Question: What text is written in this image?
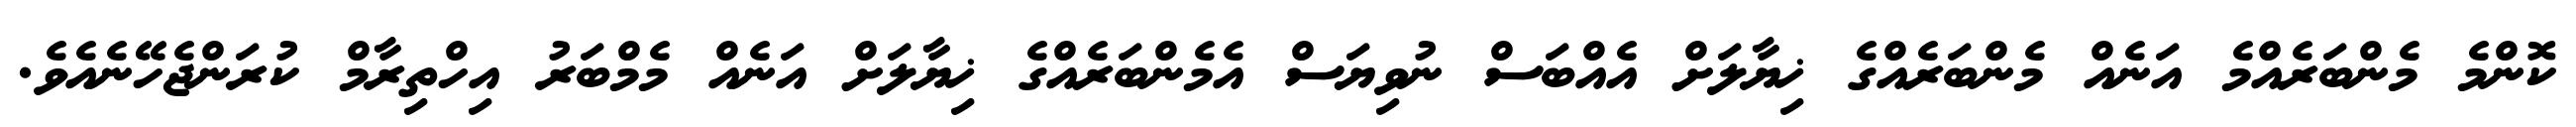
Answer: ކޮންމެ މެންބަރެއްމެ އަނެއް މެންބަރެއްގެ ޚިޔާލަށް އެއްބަސް ނުވިޔަސް އެމެންބަރެއްގެ ޚިޔާލަށް އަނެއް މެމްބަރު އިހްތިރާމް ކުރަންޖެހޭނެއެވެ.